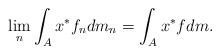
LaTeX: \begin{align*} \lim_n \int_{A}x^* f_ndm_n = \int_{A}x^*fdm. \end{align*}